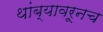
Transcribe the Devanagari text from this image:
थांब्यावरूनच